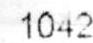
1042